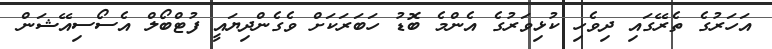
އަހަރުގެ ތެރޭގައި ދިވެހި ކުޅިވަރުގެ އެންމެ ބޮޑު ހަބަރަކަށް ވެގެންދިޔައީ ފުޓްބޯލް އެސޯސިއޭޝަން